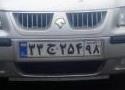
۳۳ج۲۵۴۹۸